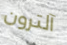
آلترون